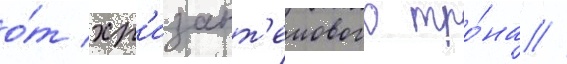
о́т хр'изант'емового тро́на //